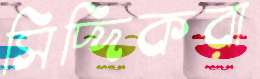
সিদ্দিকরা